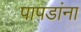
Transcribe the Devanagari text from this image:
पापडांना